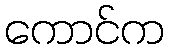
ကောင်က